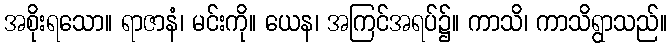
အစိုးရသော။ ရာဇာနံ၊ မင်းကို။ ယေန၊ အကြင်အရပ်၌။ ကာသိ၊ ကာသိရွာသည်။